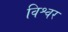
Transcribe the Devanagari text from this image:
विश्वर